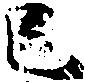
已